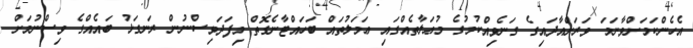
އެހެންކަމަށްވާނަމަ ވަރަށްއާދައިގެ ގަނެވިއްކުމުގެ މުޢަލާތެއްގައި ޢަމަލުތައް ބަހައްޓާނެގޮތް މިފަދަވިސްނުން ރަނގަޅު ބައެއްގެ ވިސްނުމަށް